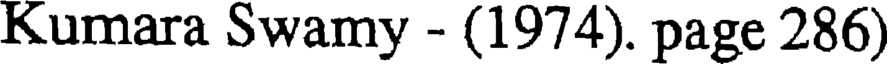
Kumara Swamy - (1974). page 286)